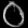
Digit: ၀